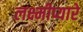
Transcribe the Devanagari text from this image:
लक्ष्मीप्यारे